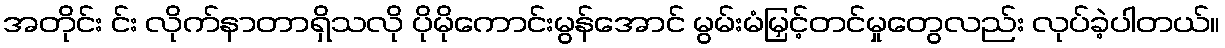
အတိုင်း င်း လိုက်နာတာရှိသလို ပိုမိုကောင်းမွန်အောင် မွမ်းမံမြှင့်တင်မှုတွေလည်း လုပ်ခဲ့ပါတယ်။